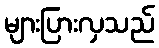
များပြားလှသည်